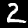
Label: 2